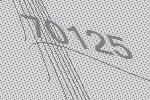
70125